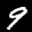
Label: 9